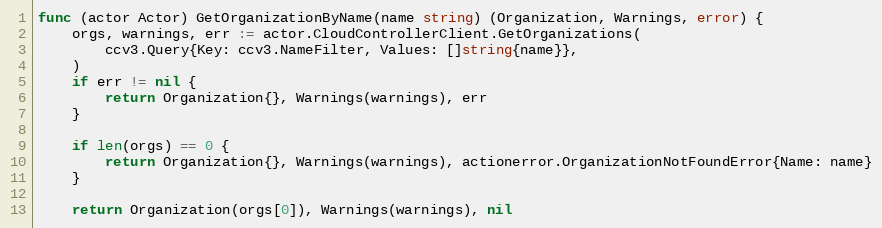
Language: Go
func (actor Actor) GetOrganizationByName(name string) (Organization, Warnings, error) {
	orgs, warnings, err := actor.CloudControllerClient.GetOrganizations(
		ccv3.Query{Key: ccv3.NameFilter, Values: []string{name}},
	)
	if err != nil {
		return Organization{}, Warnings(warnings), err
	}

	if len(orgs) == 0 {
		return Organization{}, Warnings(warnings), actionerror.OrganizationNotFoundError{Name: name}
	}

	return Organization(orgs[0]), Warnings(warnings), nil